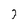
Character: 7